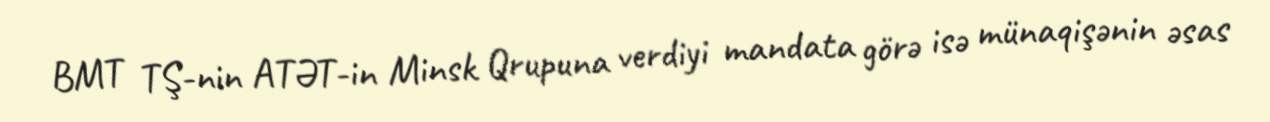
BMT TŞ-nin ATƏT-in Minsk Qrupuna verdiyi mandata görə isə münaqişənin əsas